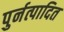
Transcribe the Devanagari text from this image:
पुर्नत्पादित